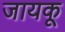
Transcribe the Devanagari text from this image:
जायकू